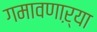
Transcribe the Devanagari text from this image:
गमावणाऱ्या